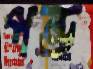
পন্ড